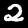
Label: 2